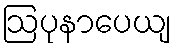
ဩပုနာပေယျ